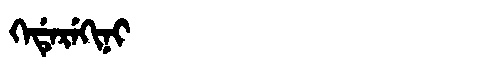
Manchu: ᡴᡝᡩᡝᡵᡝᡴᡳᠨᡳ
Romanization: KEDEREKINI